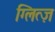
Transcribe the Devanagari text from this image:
ग्लित्ज़